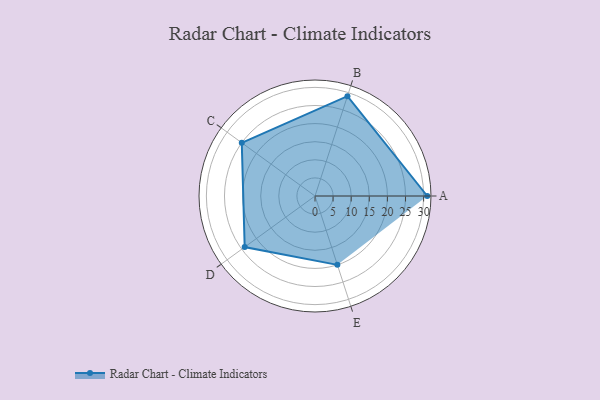
{"axis": {"x": "Skill", "y": "Score"}, "legend": ["Profile"], "data": [{"x": "A", "y": 31.0, "type": "Profile"}, {"x": "B", "y": 29.0, "type": "Profile"}, {"x": "C", "y": 25.0, "type": "Profile"}, {"x": "D", "y": 24.0, "type": "Profile"}, {"x": "E", "y": 20.0, "type": "Profile"}]}